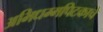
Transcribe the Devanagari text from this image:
अभिधम्मपिटकाचे